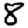
Digit: 8